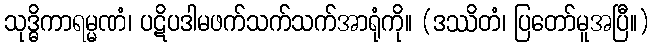
သုဒ္ဓိကာရမ္မဏံ၊ ပဋိပဒါမဖက်သက်သက်အာရုံကို။ (ဒဿိတံ၊ ပြတော်မူအပြီ။)